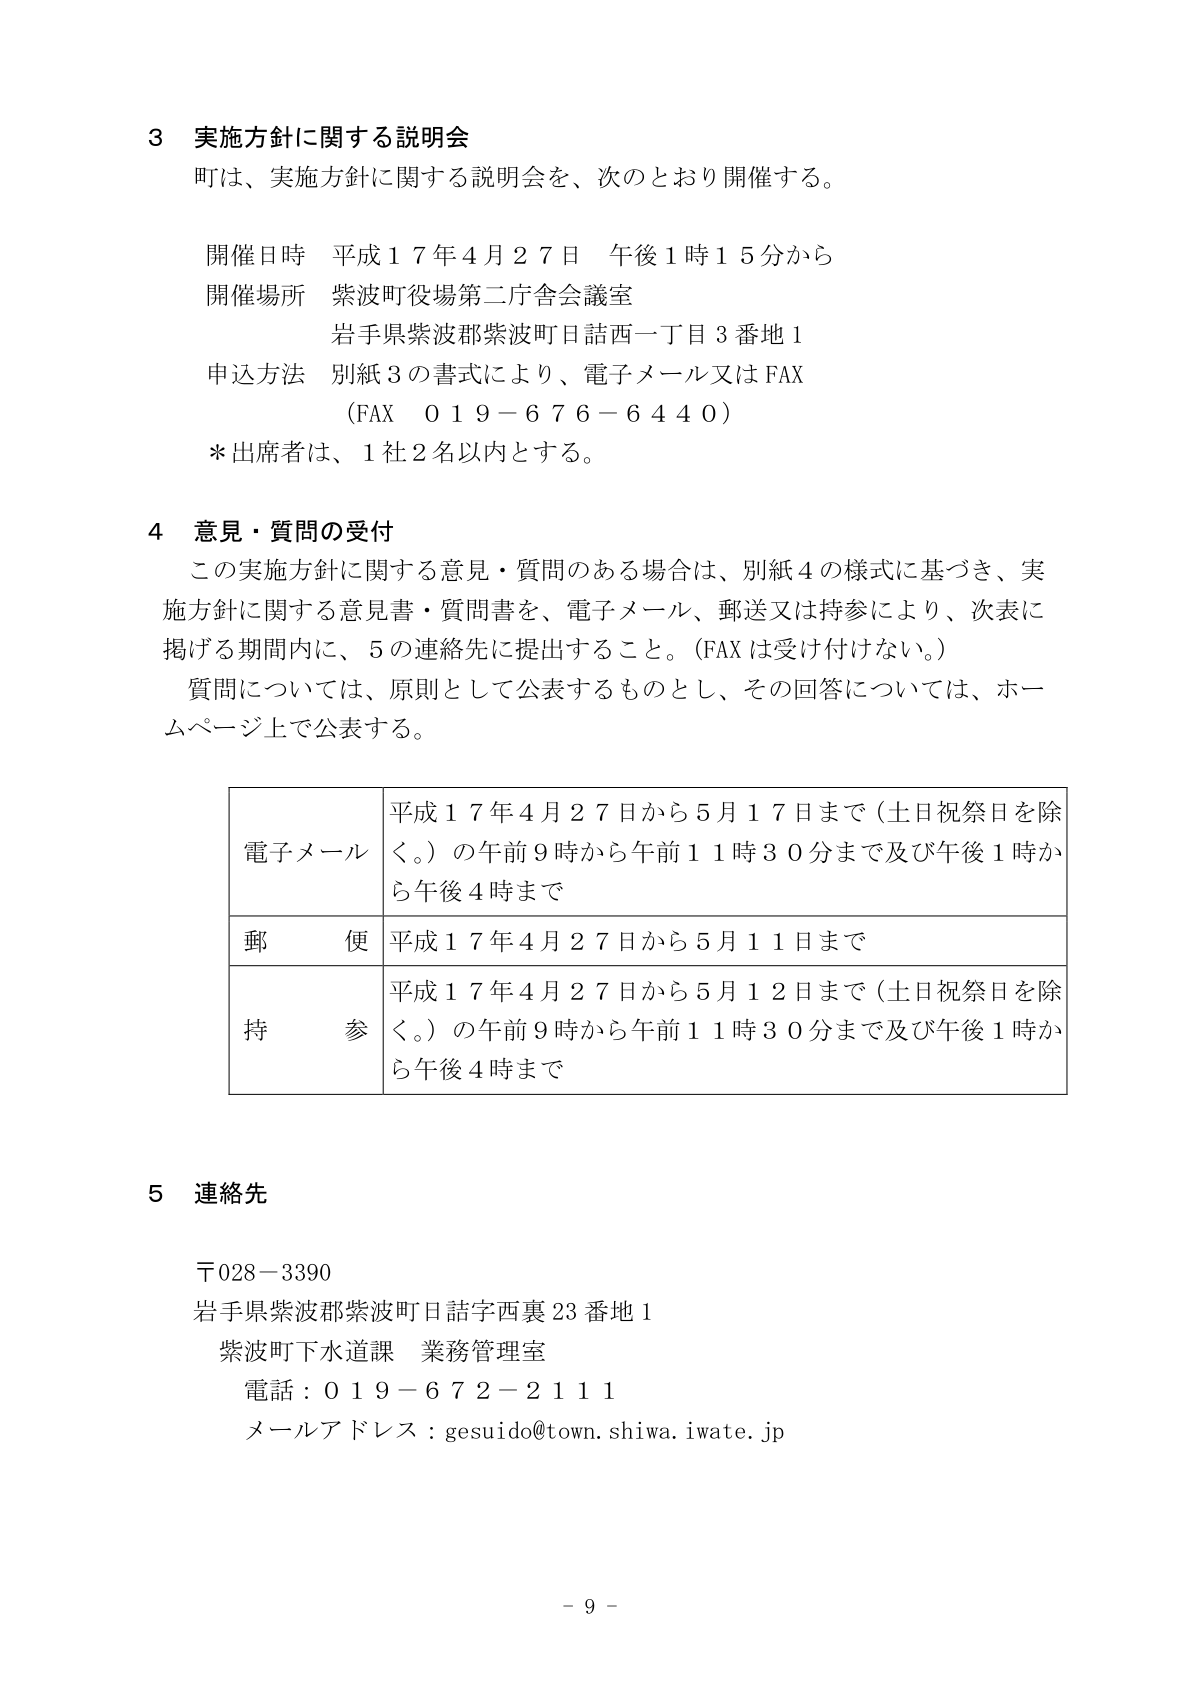
3 実施方針に関する説明会
町は、実施方針に関する説明会を、次のとおり開催する。

開催日時 平成17年4月27日 午後1時15分から
開催場所 紫波町役場第二庁舎会議室
　　　　　岩手県紫波郡紫波町日詰西一丁目3番地1
申込方法 別紙3の書式により、電子メール又はFAX
　　　　　（FAX 019-676-6440）
＊出席者は、1社2名以内とする。

4 意見・質問の受付
この実施方針に関する意見・質問のある場合は、別紙4の様式に基づき、実施方針に関する意見書・質問書を、電子メール、郵送又は持参により、次表に掲げる期間内に、5の連絡先に提出すること。（FAXは受け付けない。）
質問については、原則として公表するものとし、その回答については、ホームページ上で公表する。

| 電子メール | 平成17年4月27日から5月17日まで（土日祝祭日を除く。）の午前9時から午前11時30分まで及び午後1時から午後4時まで |
|------------|------------------------------------------------------------------------------------------------------------------|
| 郵便       | 平成17年4月27日から5月11日まで                                                                                 |
| 持参       | 平成17年4月27日から5月12日まで（土日祝祭日を除く。）の午前9時から午前11時30分まで及び午後1時から午後4時まで |

5 連絡先
〒028-3390
岩手県紫波郡紫波町日詰字西裏23番地1
紫波町下水道課 業務管理室
電話：019-672-2111
メールアドレス：gesuido@town.shiwa.iwate.jp

- 9 -